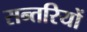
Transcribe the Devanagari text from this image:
सन्तरियों